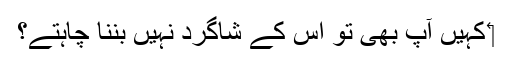
‏ کہیں آپ بھی تو اُس کے شاگرد نہیں بننا چاہتے؟